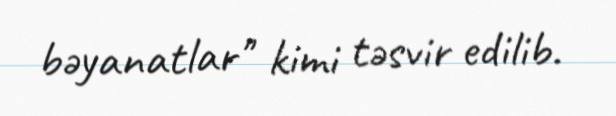
bəyanatlar" kimi təsvir edilib.